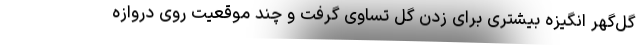
گل‌گهر انگیزه بیشتری برای زدن گل تساوی گرفت و چند موقعیت روی دروازه